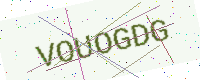
Text: VOUOGDG